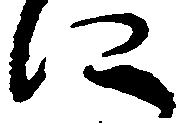
に